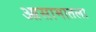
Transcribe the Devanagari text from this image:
आसामातला